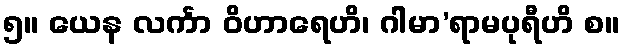
၅။ ယေန လင်္ကာ ဝိဟာရေဟိ၊ ဂါမာ’ရာမပုရီဟိ စ။